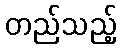
တည်သည့်